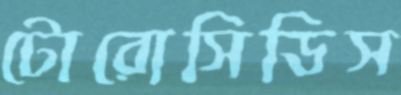
টোরোসিডিস